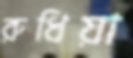
রুধিয়া